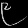
Digit: ၉